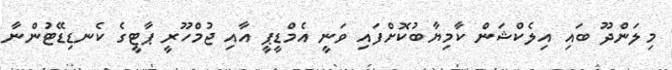
މިލަންދޫ ބައި އިލެކްޝަން ކާމިޔާބުކޮށްފައި ވަނީ އެމްޑީޕީ އާއި ޖުމްހޫރީ ޕާޓީގެ ކެނޑިޑޭޓުންނާ